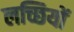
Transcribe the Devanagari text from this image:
लच्छियों